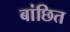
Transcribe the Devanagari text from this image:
बांछित